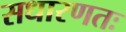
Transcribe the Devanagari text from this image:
सधारणतः